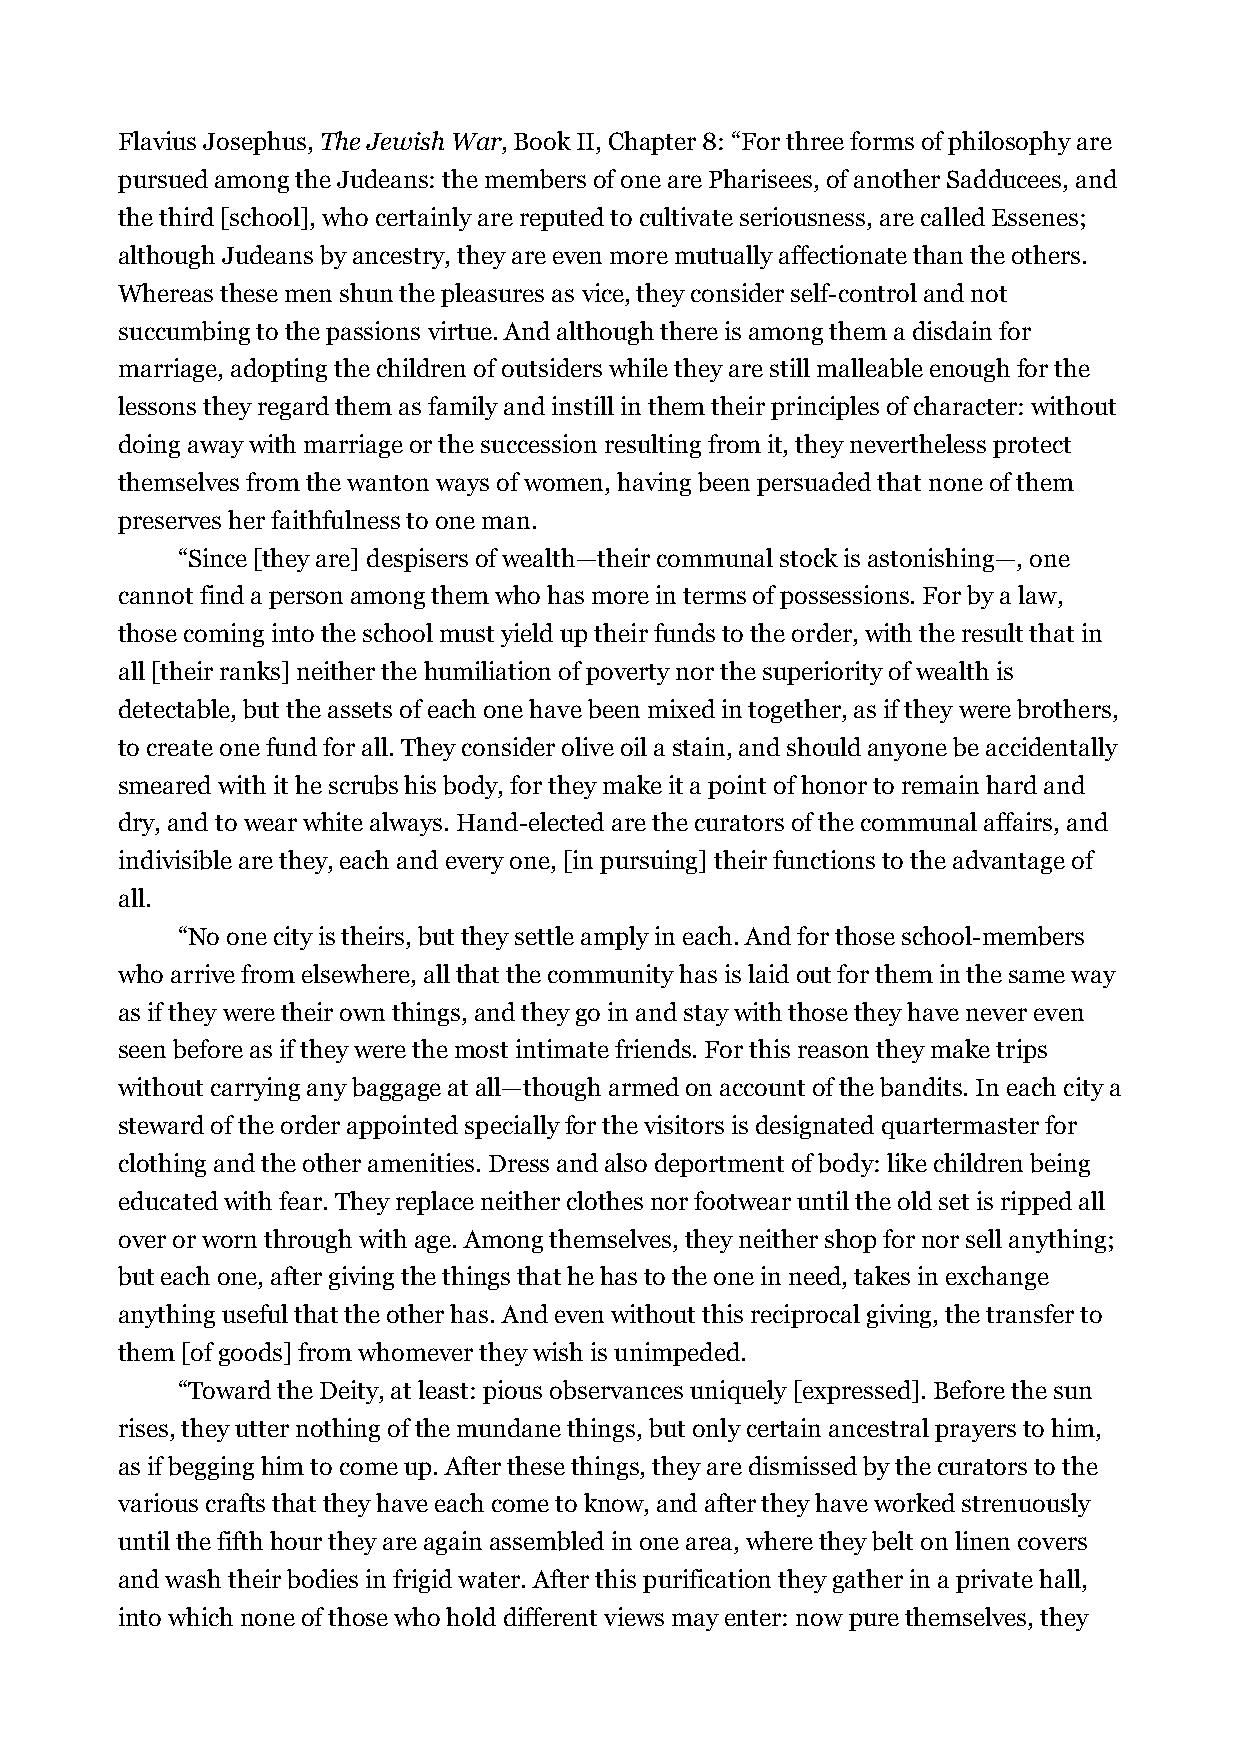
Flavius Josephus, The Jewish War, Book II, Chapter 8: “For three forms of philosophy are
 pursued among the Judeans: the members of one are Pharisees, of another Sadducees, and
 the third [school], who certainly are reputed to cultivate seriousness, are called Essenes;
 although Judeans by ancestry, they are even more mutually affectionate than the others.
 Whereas these men shun the pleasures as vice, they consider self-control and not
 succumbing to the passions virtue. And although there is among them a disdain for
 marriage, adopting the children of outsiders while they are still malleable enough for the
 lessons they regard them as family and instill in them their principles of character: without
 doing away with marriage or the succession resulting from it, they nevertheless protect
 themselves from the wanton ways of women, having been persuaded that none of them
 preserves her faithfulness to one man.
 “Since [they are] despisers of wealth—their communal stock is astonishing—, one
 cannot find a person among them who has more in terms of possessions. For by a law,
 those coming into the school must yield up their funds to the order, with the result that in
 all [their ranks] neither the humiliation of poverty nor the superiority of wealth is
 detectable, but the assets of each one have been mixed in together, as if they were brothers,
 to create one fund for all. They consider olive oil a stain, and should anyone be accidentally
 smeared with it he scrubs his body, for they make it a point of honor to remain hard and
 dry, and to wear white always. Hand-elected are the curators of the communal affairs, and
 indivisible are they, each and every one, [in pursuing] their functions to the advantage of
 all.
 “No one city is theirs, but they settle amply in each. And for those school-members
 who arrive from elsewhere, all that the community has is laid out for them in the same way
 as if they were their own things, and they go in and stay with those they have never even
 seen before as if they were the most intimate friends. For this reason they make trips
 without carrying any baggage at all—though armed on account of the bandits. In each city a
 steward of the order appointed specially for the visitors is designated quartermaster for
 clothing and the other amenities. Dress and also deportment of body: like children being
 educated with fear. They replace neither clothes nor footwear until the old set is ripped all
 over or worn through with age. Among themselves, they neither shop for nor sell anything;
 but each one, after giving the things that he has to the one in need, takes in exchange
 anything useful that the other has. And even without this reciprocal giving, the transfer to
 them [of goods] from whomever they wish is unimpeded.
 “Toward the Deity, at least: pious observances uniquely [expressed]. Before the sun
 rises, they utter nothing of the mundane things, but only certain ancestral prayers to him,
 as if begging him to come up. After these things, they are dismissed by the curators to the
 various crafts that they have each come to know, and after they have worked strenuously
 until the fifth hour they are again assembled in one area, where they belt on linen covers
 and wash their bodies in frigid water. After this purification they gather in a private hall,
 into which none of those who hold different views may enter: now pure themselves, they